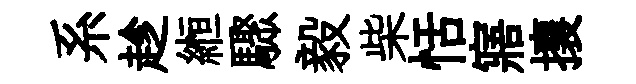
系趁縆驟毅柴恬寤攘